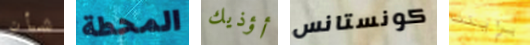
شأن المحطة أؤذيك كونستانس براينت